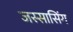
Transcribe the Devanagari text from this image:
जस्सासिंग